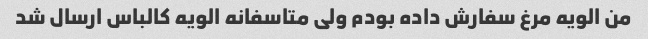
من الویه مرغ سفارش داده بودم ولی متاسفانه الویه کالباس ارسال شد